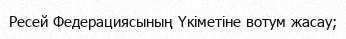
Ресей Федерациясының Үкіметіне вотум жасау;